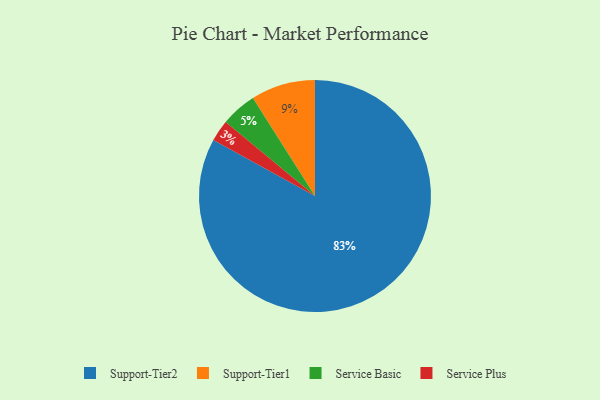
{"axis": {"x": "Category", "y": "Percentage"}, "legend": ["Service Basic", "Service Plus", "Support-Tier1", "Support-Tier2"], "data": [{"x": "Service Plus", "y": 3, "type": "Service Plus"}, {"x": "Support-Tier2", "y": 83, "type": "Support-Tier2"}, {"x": "Service Basic", "y": 5, "type": "Service Basic"}, {"x": "Support-Tier1", "y": 9, "type": "Support-Tier1"}]}